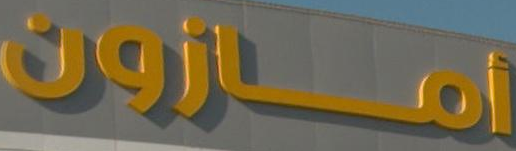
امازون